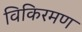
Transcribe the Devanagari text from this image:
विकिरमण